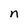
Character: n